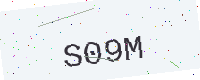
Text: S09M